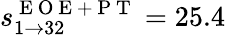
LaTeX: s_{1\rightarrow 32}^{\mathrm{~E~O~E~+~P~T~}}=25.4